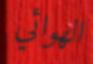
الھوائي